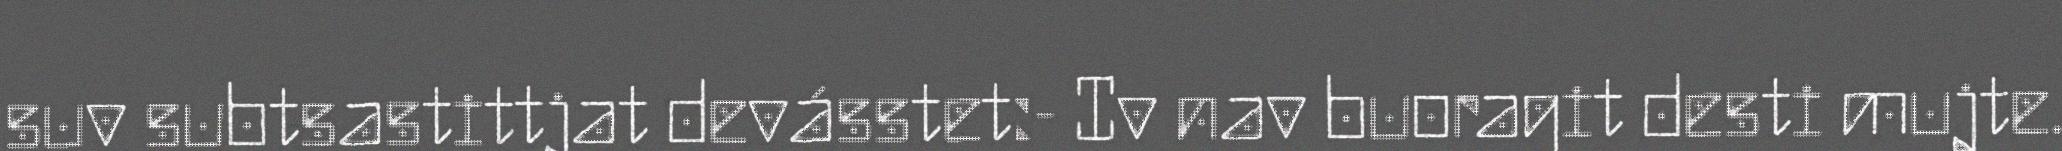
suv subtsastittjat devásstet:- Iv nav buoragit desti mujte.